Civil Veterinary Department. United Provinces 1932-42 - 1932-1942
Year: 1932
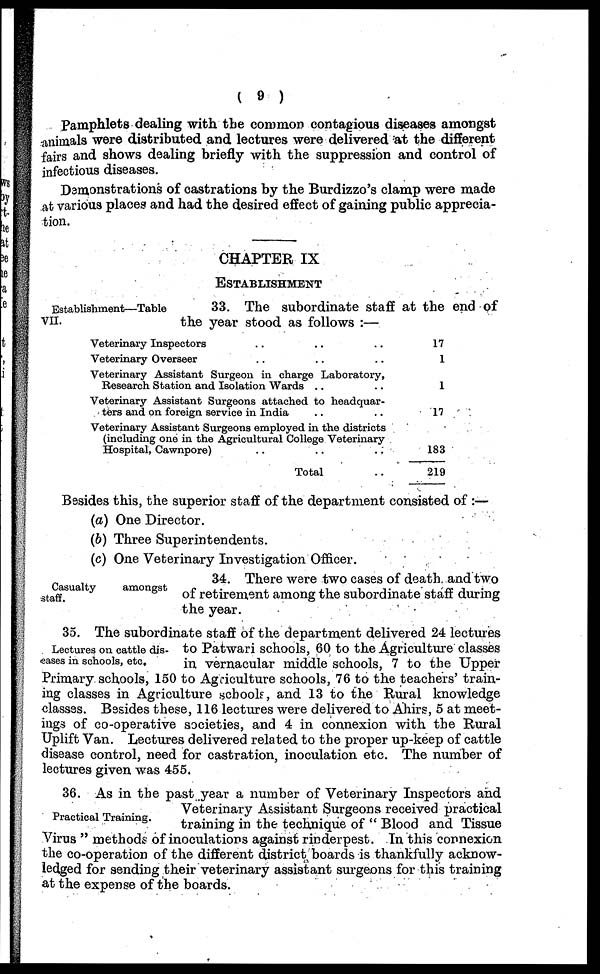
(9)
Pamphlets dealing with the common contagious diseases amongst
animals were distributed and lectures were delivered at the different
fairs and shows dealing briefly with the suppression and control of
infectious diseases.
Demonstrations of castrations by the Burdizzo's clamp were made
at various places and had the desired effect of gaining public apprecia-
tion.
CHAPTER IX
ESTABLISHMENT
Establishment—Table
VII.
33. The subordinate staff at the end of
the year stood as follows :—
Veterinary Inspectors .. .. ..
Veterinary Overseer .. .. ..
Veterinary Assistant Surgeon in charge Laboratory,
Research Station and Isolation Wards .. ..
Veterinary Assistant Surgeons attached to headquar-
ters and on foreign service in India .. ..
Veterinary Assistant Surgeons employed in the districts
(including one in the Agricultural College Veterinary
Hospital, Cawnpore) .. .. ..
Total ..
17
1
1
17
183
219
Besides this, the superior staff of the department consisted of :-—
(a) One Director.
(b) Three Superintendents.
(c) One Veterinary Investigation Officer.
Casualty
amongst
staff.
34. There were two cases of death, and two
of retirement among the subordinate staff during
the year.
Lectures on cattle dis-
eases in schools, etc.
35. The subordinate staff of the department delivered 24 lectures
to Patwari schools, 60 to the Agriculture classes
in vernacular middle schools, 7 to the Upper
Primary schools, 150 to Agriculture schools, 76 to the teachers' train-
ing classes in Agriculture school, and 13 to the Rural knowledge
classes. Besides these, 116 lectures were delivered to Ahirs, 5 at meet-
ings of co-operative societies, and 4 in connexion with the Rural
Uplift Van. Lectures delivered related to the proper up-keep of cattle
disease control, need for castration, inoculation etc. The number of
lectures given was 455.
Practical Training.
36. As in the past year a number of Veterinary Inspectors and
Veterinary Assistant Surgeons received practical
training in the technique of " Blood and Tissue
Virus " methods of inoculations against rinderpest. In this connexion
the co-operation of the different district boards is thankfully acknow-
ledged for sending their veterinary assistant surgeons for this training
at the expense of the boards.